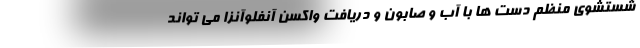
شستشوی منظم دست ها با آب و صابون و دریافت واکسن آنفلوآنزا می تواند